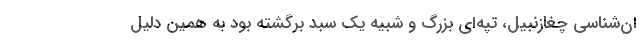
ان‌شناسی چغازنبیل، تپه‌ای بزرگ و شبیه یک سبد برگشته بود به همین دلیل